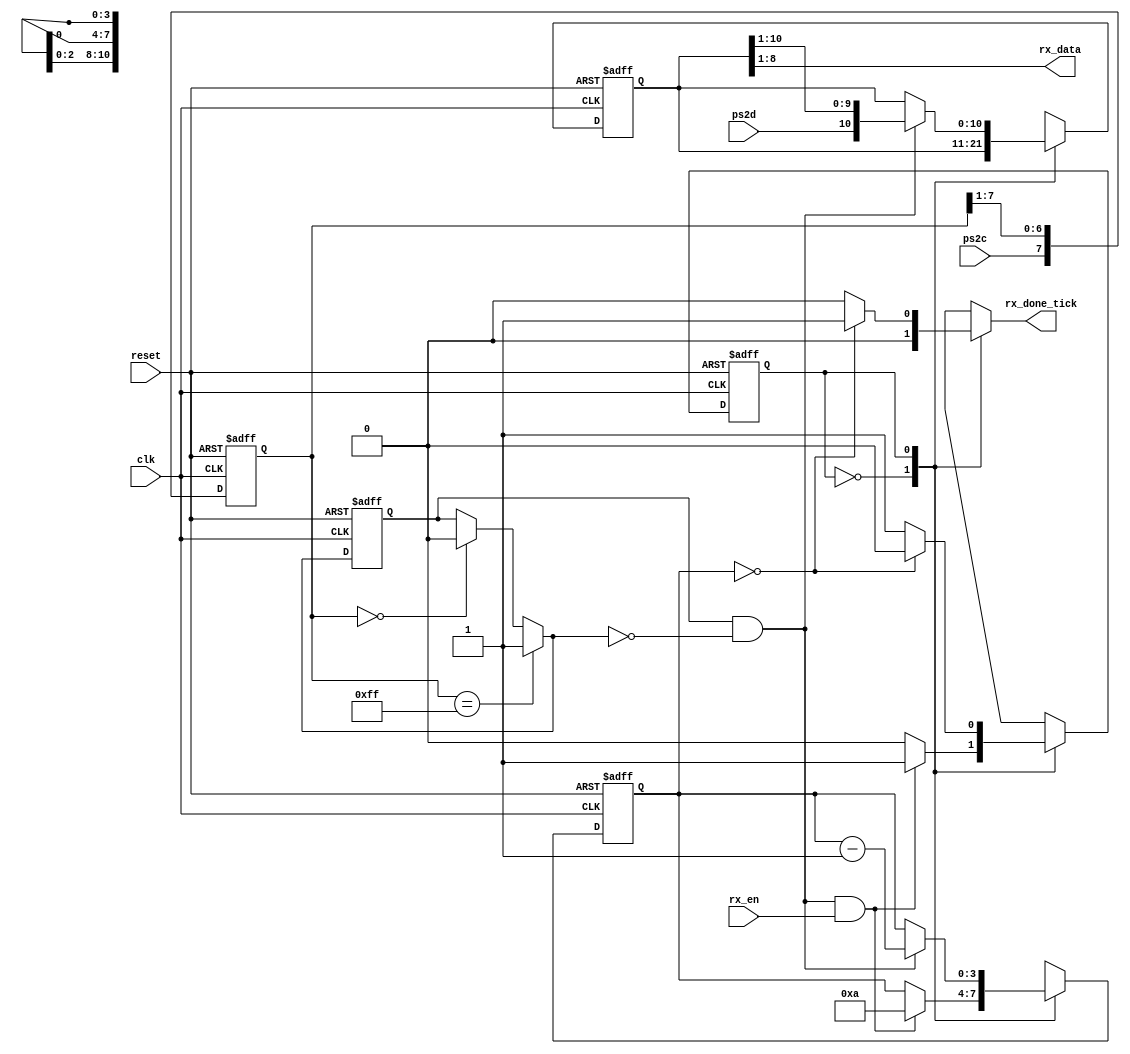
`timescale 1ns / 1ps
//////////////////////////////////////////////////////////////////////////////////
// Company: 
// Engineer: 
// 
// Design Name: 
// Module Name:    ps2_rx 
// Project Name: 
// Target Devices: 
// Tool versions: 
// Description: 
//
// Dependencies: 
//
// Revision: 
// Revision 0.01 - File Created
// Additional Comments: 
//
//////////////////////////////////////////////////////////////////////////////////
module ps2_rx
	(
		input wire clk, reset, 
		input wire ps2d, ps2c, rx_en,    // ps2 data and clock inputs, receive enable input
		output reg rx_done_tick,         // ps2 receive done tick
		output wire [7:0] rx_data        // data received 
	);
	
	// FSMD state declaration
	localparam 
		idle = 1'b0,
		rx   = 1'b1;
		
	// internal signal declaration
	reg state_reg, state_next;          // FSMD state register
	reg [7:0] filter_reg;               // shift register filter for ps2c
	wire [7:0] filter_next;             // next state value of ps2c filter register
	reg f_val_reg;                      // reg for ps2c filter value, either 1 or 0
	wire f_val_next;                    // next state for ps2c filter value
	reg [3:0] n_reg, n_next;            // register to keep track of bit number 
	reg [10:0] d_reg, d_next;           // register to shift in rx data
	wire neg_edge;                      // negative edge of ps2c clock filter value
	
	// register for ps2c filter register and filter value
	always @(posedge clk, posedge reset)
		if (reset)
			begin
			filter_reg <= 0;
			f_val_reg  <= 0;
			end
		else
			begin
			filter_reg <= filter_next;
			f_val_reg  <= f_val_next;
			end

	// next state value of ps2c filter: right shift in current ps2c value to register
	assign filter_next = {ps2c, filter_reg[7:1]};
	
	// filter value next state, 1 if all bits are 1, 0 if all bits are 0, else no change
	assign f_val_next = (filter_reg == 8'b11111111) ? 1'b1 :
			    (filter_reg == 8'b00000000) ? 1'b0 :
			    f_val_reg;
	
	// negative edge of filter value: if current value is 1, and next state value is 0
	assign neg_edge = f_val_reg & ~f_val_next;
	
	// FSMD state, bit number, and data registers
	always @(posedge clk, posedge reset)
		if (reset)
			begin
			state_reg <= idle;
			n_reg <= 0;
			d_reg <= 0;
			end
		else
			begin
			state_reg <= state_next;
			n_reg <= n_next;
			d_reg <= d_next;
			end
	
	// FSMD next state logic
	always @*
		begin
		
		// defaults
		state_next = state_reg;
		rx_done_tick = 1'b0;
		n_next = n_reg;
		d_next = d_reg;
		
		case (state_reg)
			
			idle:
				if (neg_edge & rx_en)                 // start bit received
					begin
					n_next = 4'b1010;             // set bit count down to 10
					state_next = rx;              // go to rx state
					end
				
			rx:                                           // shift in 8 data, 1 parity, and 1 stop bit
				begin
				if (neg_edge)                         // if ps2c negative edge...
					begin
					d_next = {ps2d, d_reg[10:1]}; // sample ps2d, right shift into data register
					n_next = n_reg - 1;           // decrement bit count
					end
			
				if (n_reg==0)                         // after 10 bits shifted in, go to done state
                                        begin
					 rx_done_tick = 1'b1;         // assert dat received done tick
					 state_next = idle;           // go back to idle
					 end
				end
		endcase
		end
		
	assign rx_data = d_reg[8:1]; // output data bits 
endmodule